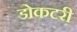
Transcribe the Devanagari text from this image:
डोकटरी